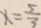
x = \frac { 5 } { 3 }